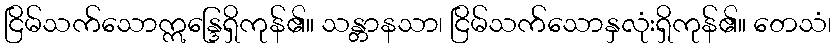
ငြိမ်သက်သောဣန္ဒြေရှိကုန်၏။ သန္တာနသာ၊ ငြိမ်သက်သောနှလုံးရှိကုန်၏။ တေသံ၊